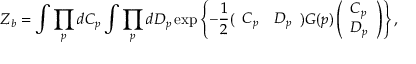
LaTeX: Z _ { b } = \int \prod _ { p } d C _ { p } \int \prod _ { p } d D _ { p } \exp \left\{ - \frac { 1 } { 2 } ( \begin{array} { l l } { { C _ { p } } } & { { D _ { p } } } \end{array} ) G ( p ) \left( \begin{array} { l } { { C _ { p } } } \\ { { D _ { p } } } \end{array} \right) \right\} ,